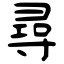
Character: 尋